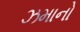
ઝમાનો